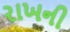
રાખની